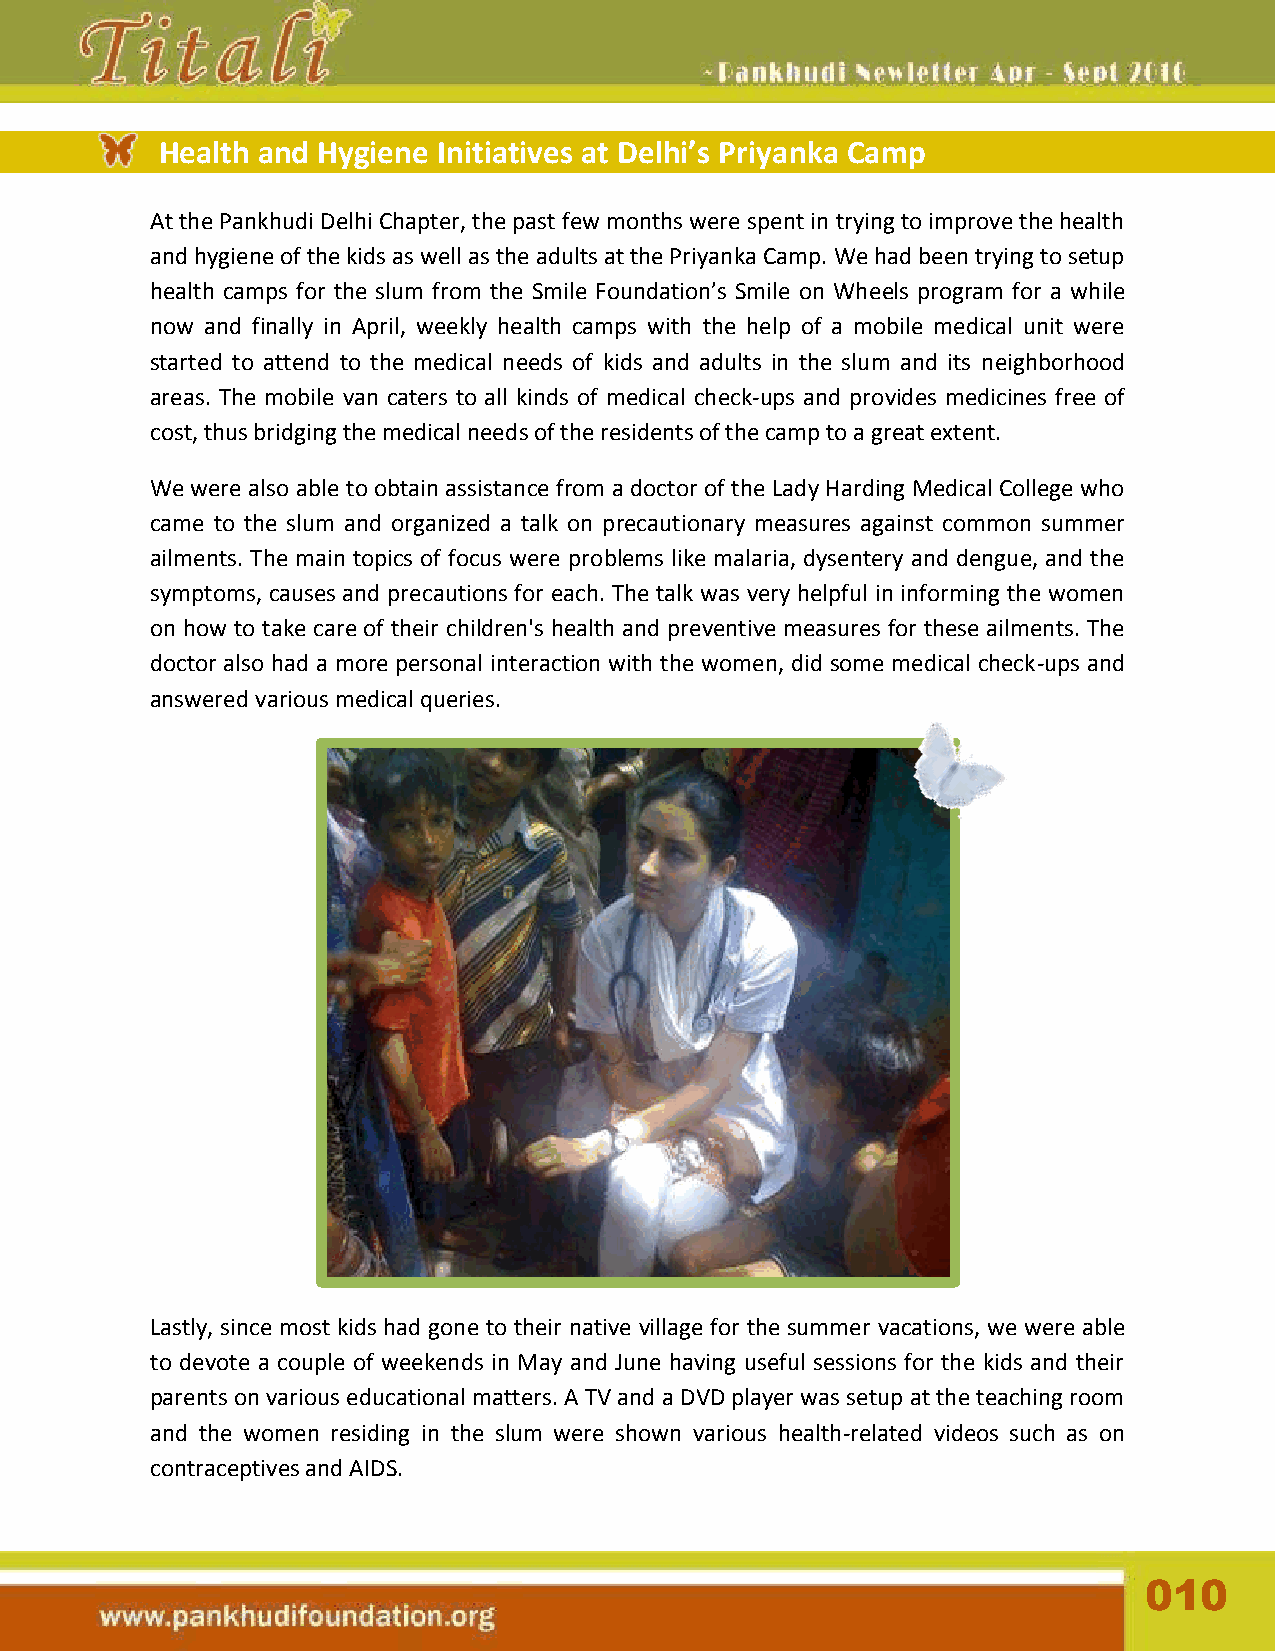
Health and Hygiene Initiatives at Delhi’s Priyanka Camp
 At the Pankhudi Delhi Chapter, the past few months were spent in trying to improve the health
 and hygiene of the kids as well as the adults at the Priyanka Camp. We had been trying to setup
 health camps for the slum from the Smile Foundation’s Smile on Wheels program for a while
 now and finally in April, weekly health camps with the help of a mobile medical unit were
 started to attend to the medical needs of kids and adults in the slum and its neighborhood
 areas. The mobile van caters to all kinds of medical check-ups and provides medicines free of
 cost, thus bridging the medical needs of the residents of the camp to a great extent.
 We were also able to obtain assistance from a doctor of the Lady Harding Medical College who
 came to the slum and organized a talk on precautionary measures against common summer
 ailments. The main topics of focus were problems like malaria, dysentery and dengue, and the
 symptoms, causes and precautions for each. The talk was very helpful in informing the women
 on how to take care of their children's health and preventive measures for these ailments. The
 doctor also had a more personal interaction with the women, did some medical check-ups and
 answered various medical queries.
 Lastly, since most kids had gone to their native village for the summer vacations, we were able
 to devote a couple of weekends in May and June having useful sessions for the kids and their
 parents on various educational matters. A TV and a DVD player was setup at the teaching room
 and the women residing in the slum were shown various health-related videos such as on
 contraceptives and AIDS.
 010